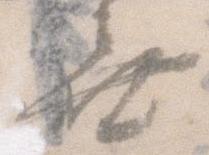
無